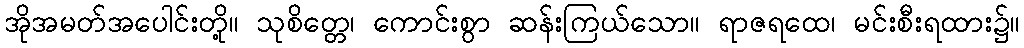
အိုအမတ်အပေါင်းတို့။ သုစိတ္တေ၊ ကောင်းစွာ ဆန်းကြယ်သော။ ရာဇရထေ၊ မင်းစီးရထား၌။